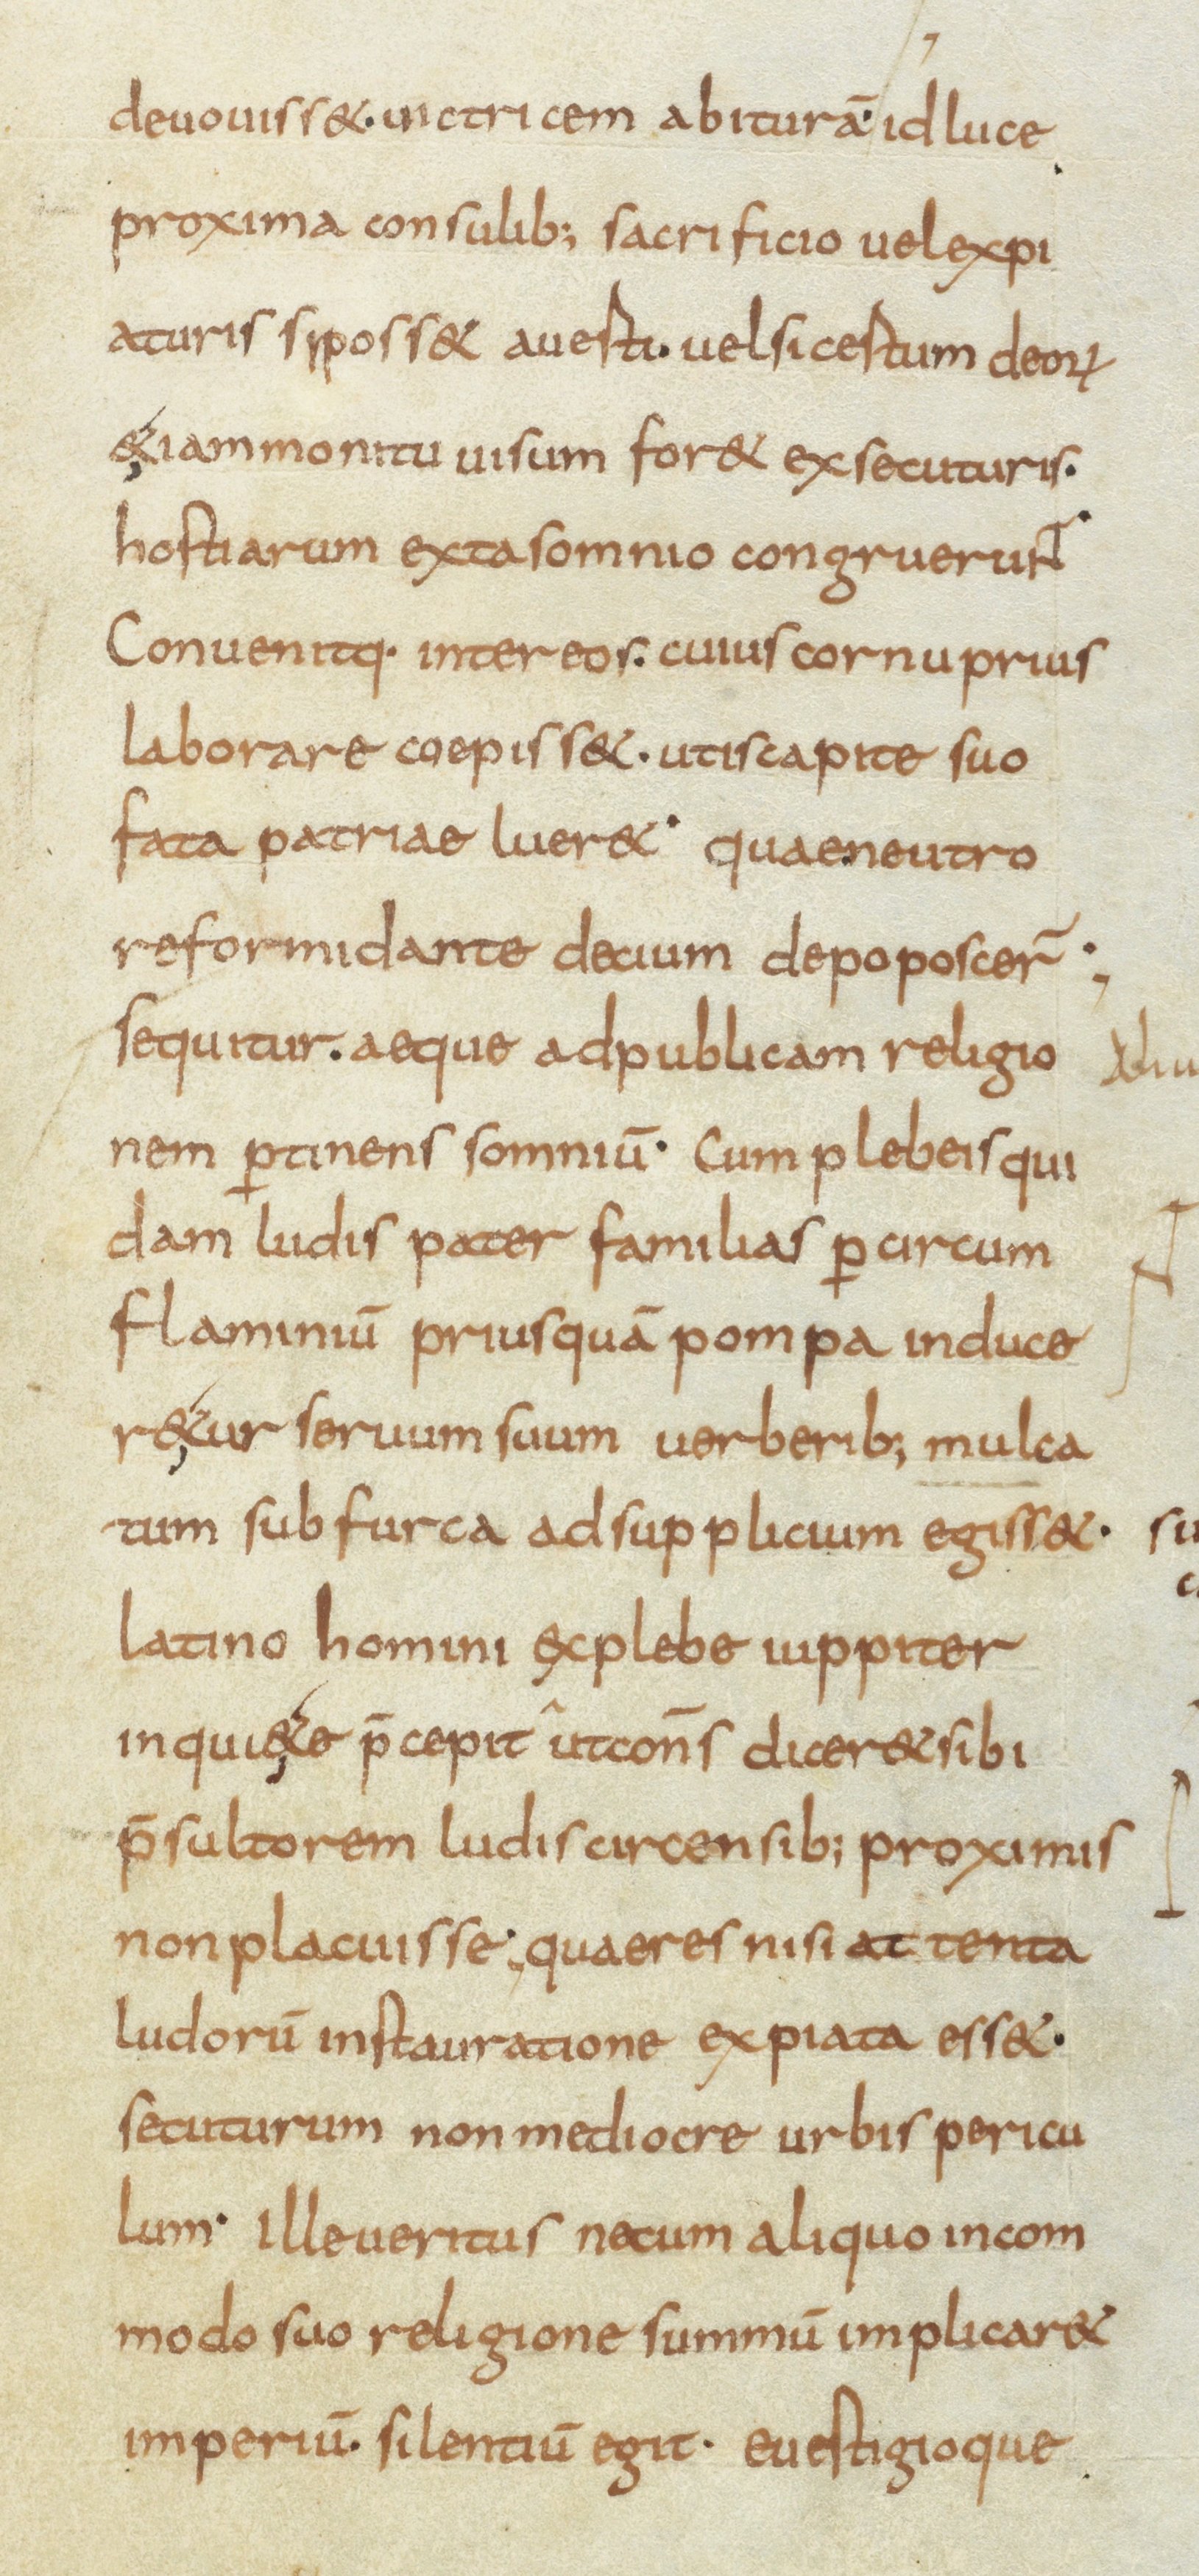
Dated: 834–866